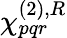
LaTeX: \chi_{pqr}^{(2),R}